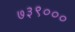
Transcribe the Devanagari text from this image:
७३९०००